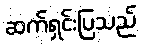
ဆက်ရှင်းပြသည်